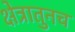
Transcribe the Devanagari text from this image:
क्षेत्रातुनच